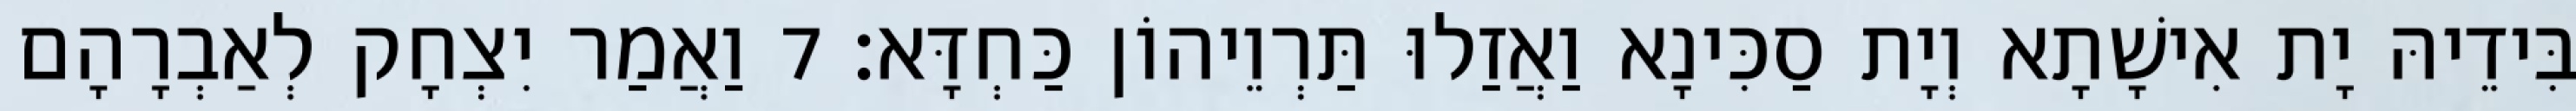
בִּידֵיהּ יָת אִישָׁתָא וְיָת סַכִּינָא וַאֲזַלוּ תַּרְוֵיהוֹן כַּחְדָּא׃ 7 וַאֲמַר יִצְחָק לְאַבְרָהָם